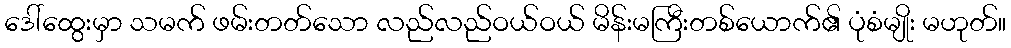
ဒေါ်ထွေးမှာ သမက် ဖမ်းတတ်သော လည်လည်ဝယ်ဝယ် မိန်းမကြီးတစ်ယောက်၏ ပုံစံမျိုး မဟုတ်။